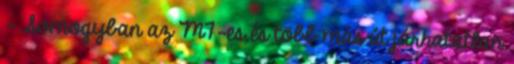
- Somogyban az M7-es és több más út járhatatlan